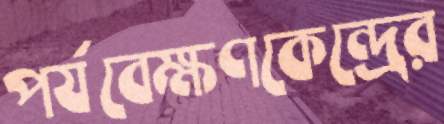
পর্যবেক্ষণকেন্দ্রের